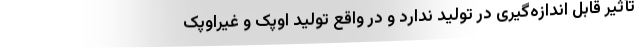
تأثیر قابل اندازه‌گیری در تولید ندارد و در واقع تولید اوپک و غیراوپک